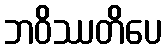
ဘဝိဿတိပေ